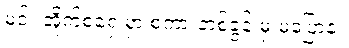
မင်း အိုက်စံရှေ့မှာ စကားတစ်ခွန်းမှ မပြောနဲ့။